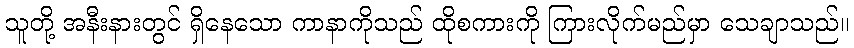
သူတို့ အနီးနားတွင် ရှိနေသော ကာနာကိုသည် ထိုစကားကို ကြားလိုက်မည်မှာ သေချာသည်။